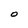
Character: O